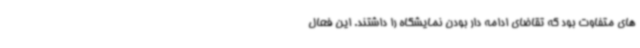
های متفاوت بود که تقاضای ادامه دار بودن نمایشگاه را داشتند. این فعال